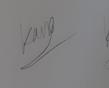
Signature authenticity: genuine